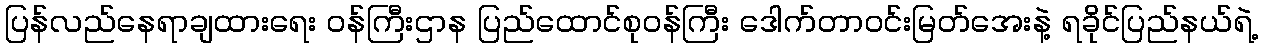
ပြန်လည်နေရာချထားရေး ဝန်ကြီးဌာန ပြည်ထောင်စုဝန်ကြီး ဒေါက်တာဝင်းမြတ်အေးနဲ့ ရခိုင်ပြည်နယ်ရဲ့